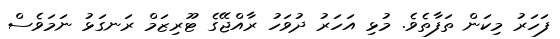
ފަހަރު މިކަން ތަފާތެވެ. މުޅި އަހަރު ދުވަހު ރާއްޖޭގެ ޓޫރިޒަމް ރަނގަޅު ނަމަވެސް